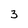
Character: 3